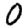
Digit: 0